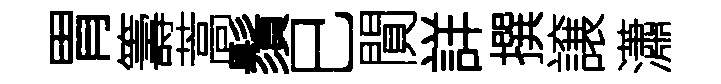
胃籌蒿鬚巳閴詳撰譲瀟